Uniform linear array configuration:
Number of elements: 48
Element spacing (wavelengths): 1
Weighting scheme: uniform
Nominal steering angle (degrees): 15
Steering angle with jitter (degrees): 16.367
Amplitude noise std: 0.05
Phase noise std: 0.05

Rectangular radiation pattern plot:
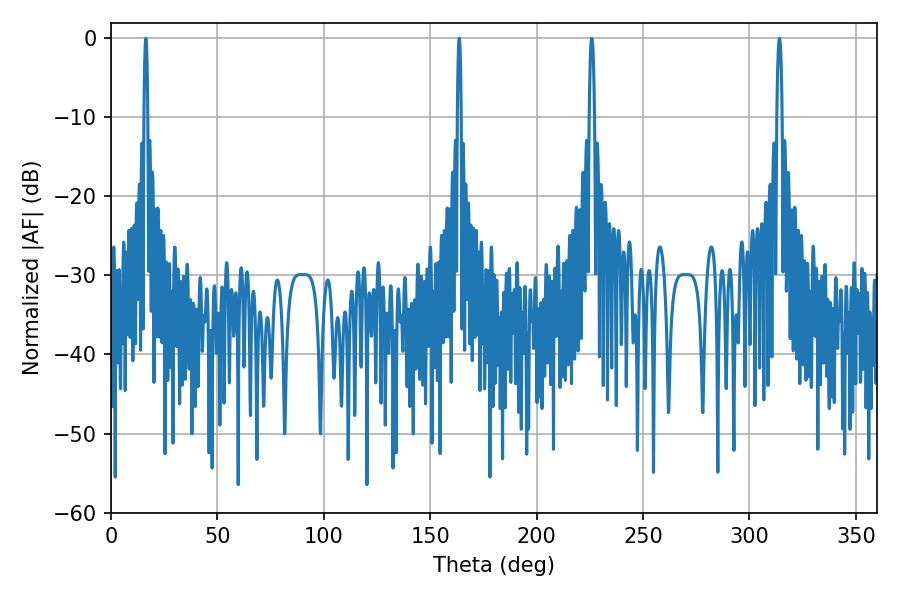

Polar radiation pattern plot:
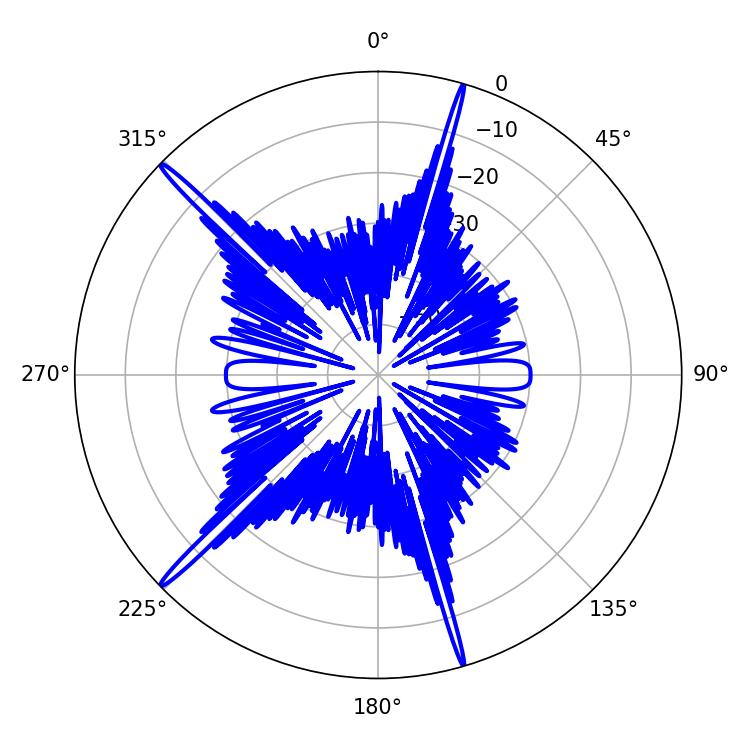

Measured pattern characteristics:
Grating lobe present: TRUE
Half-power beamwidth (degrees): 1.44
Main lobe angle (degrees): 225.9